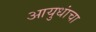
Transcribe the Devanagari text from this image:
आयुधांचा